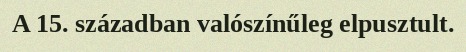
A 15. században valószínűleg elpusztult.